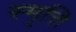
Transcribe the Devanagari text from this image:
स्मृत्ति